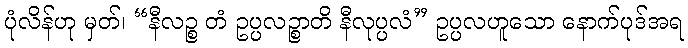
ပုံလိန်ဟု မှတ်၊ “နီလဉ္စ တံ ဥပ္ပလဉ္စာတိ နီလုပ္ပလံ” ဥပ္ပလဟူသော နောက်ပုဒ်အရ